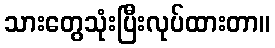
သားတွေသုံးပြီးလုပ်ထားတာ။